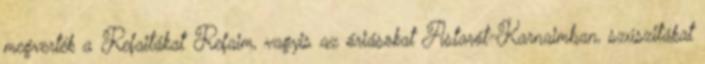
megverték a Refaitákat Refaim, vagyis az óriásokat Astarót-Karnaimban, szúszitákat